Insane asylums in Bengal annual reports 1876-1887 - 1876-1887
Year: 1876
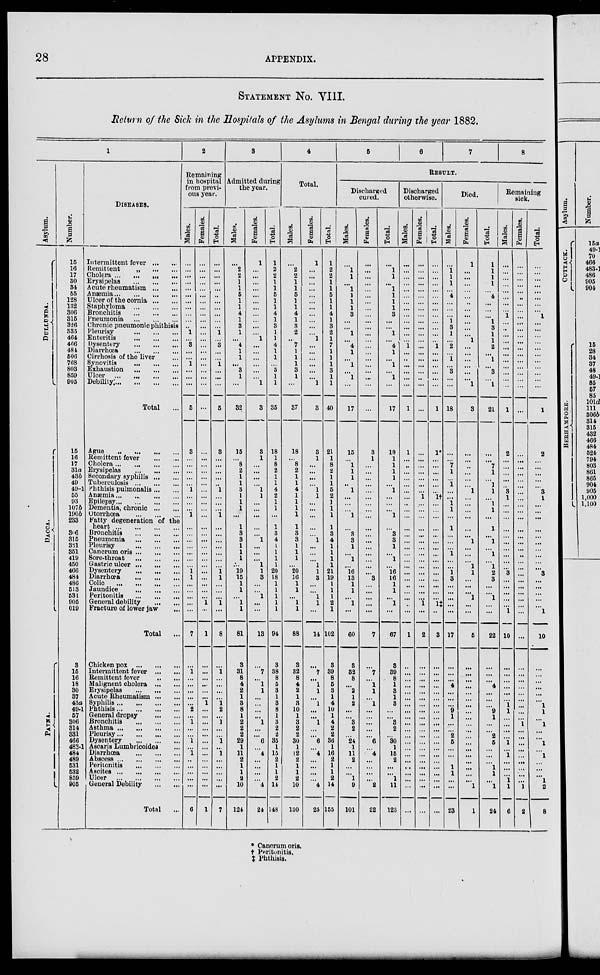
28
APPENDIX.
STATEMENT No. VIII.
Return of the Sick in the Hospitals of the Asylums in Bengal during the year 1882.
1
Asylum.
DULLUNDA.
DACCA.
P ATNA.
Number.
15
16
17
30
34
55
128
132
306
315
326
335
464
466
484
506
768
803
859
905
15
16
17
31a
43b
49
49-1
55
93
107b
190b
233
306
315
331
351
419
450
466
484
486
513
531
905
019
3
15
16
18
30
37
43a
49-1
57
306
314
331
466
483-1
484
489
531
532
859
905
DISEASES.
Intermittent fever ... ...
Remittent
„
...
...
Cholera ... ... ... ...
Erysipelas
...
...
...
Acute rheumatism ... ...
Anæmia ... ... ... ...
Ulcer of the cornia ... ...
Staphyloma
...
...
...
Bronchitis
...
...
...
Pneumonia
...
...
...
Chronic pneumonic phithisis
Pleurisy
...
...
...
Enteritis
...
...
...
Dysentery
...
...
...
Diarrhœa
...
...
...
Cirrhosis of the liver ...
Synovitis
...
...
...
Exhaustion
...
...
...
Ulcer ... ... ... ...
Debility ... ... ... ...
Total ...
Ague ... ... ... ...
Remittent fever
...
...
Cholera ... ... ... ...
Erysipelas
...
...
...
Secondary syphilis... ...
Tuberculosis
...
...
...
Phthisis pulmonalis ... ...
Anæmia ... ... ... ...
Epilepsy ... ... ... ...
Dementia, chronic ... ...
Otorrhœa
...
...
...
Fatty degeneration of the
heart
...
...
...
...
Bronchitis
...
...
...
Pneumonia
...
...
...
Pleurisy
...
...
...
Cancrum oris ... ... ...
Sore-throat ... ... ...
Gastric ulcer ... ... ...
Dysentery
...
...
...
Diarrhœa
...
...
...
Colic
...
...
...
...
Jaundice
...
...
...
Peritonitis
...
...
...
General debility
...
...
Fracture of lower jaw ...
Total ...
Chicken pox
...
...
...
Intermittent fever
...
...
Remittent fever ... ...
Malignent cholera ... ...
Erysipelas
...
...
...
Acute Rheumatism ... ...
Syphilis ... ... ... ...
Phthisis ... ... ... ...
General dropsy
... ...
Bronchitis
...
...
...
Asthma ... ... ... ...
Pleurisy ... ... ... ...
Dysentery ... ... ...
Ascaris Lumbricoides ...
Diarrhœa
...
...
...
Abscess ... ... ... ...
Peritonitis
...
...
...
Ascites ...
...
...
...
Ulcer
...
...
...
...
General Debility
...
...
Total
...
2
Remaining
in hospital
from previ-
ous year.
Males.
...
...
...
...
...
...
...
...
...
...
...
1
...
3
...
...
1
...
...
...
5
3
...
...
...
...
...
1
...
...
...
1
...
...
...
...
...
...
...
1
1
...
...
...
...
...
7
...
1
...
...
...
...
...
2
...
1
...
...
1
...
1
...
...
...
...
...
6
Females.
...
...
...
...
...
...
...
...
...
...
...
...
...
...
...
...
...
...
...
...
...
...
...
...
...
...
...
. . .
...
...
...
...
...
...
...
...
...
...
...
...
...
...
...
...
1
...
1
...
...
...
...
...
...
1
...
...
...
...
...
...
...
...
...
...
...
...
...
1
Total.
...
...
...
...
...
...
...
...
...
...
...
1
...
3
...
...
1
...
...
...
5
3
...
...
...
...
...
1
...
...
...
1
...
...
...
...
...
...
...
1
1
...
...
...
1
...
8
...
1
...
...
...
...
1
2
...
1
...
...
1
...
1
...
...
...
...
...
7
3
Admitted during
the year.
Males.
...
2
2
1
1
5
1
1
4
1
3
1
...
4
1
1
...
3
1
...
32
15
... 8
2
1
1
3
1
1
1
...
1
3
3
1
1
1
...
19
15
1
1
...
1
1
81
3
31
8
4
2
1
3
8
1
2
2
2
29
1
11
2
1
1
2
10
124
Females.
1
...
...
...
...
...
...
...
...
...
...
...
1
...
...
...
...
...
...
1
3
8
1
...
...
...
...
1
1
...
...
...
...
...
1
...
...
...
1
1
3
...
...
1
...
...
13
...
7
... 1
1
...
...
...
...
1
...
...
6
...
4
...
...
...
...
4
24
Total.
1
2
2
1
...
5
1
1
4
1
3
1
1
4
1
1
...
3
1
1
35
18
1
8
2
1
1
4
2
1
1
...
1
3
4
1
1
1
1
20
18
1
1
1
1
1
94
3
38
8
5
3
1
3
8
1
3
2
2
35
1
15
2
1
1
2
14
148
4
Total.
Males.
...
2
2
1
1
5
1
1
4
1
3
2
...
7
1
1
1
3
1
...
37
18
... 8
2
1
1
4
1
1
1
1
1
3
3
1
1
1
...
20
16
1
1
...
1
1
88
3
32
8
4
2
1
3
10
1
3
2
2
30
1
12
2
1
1
2
10
130
Females.
1
...
...
...
...
...
...
...
...
...
...
...
1
...
...
...
...
...
...
1
3
3
1
...
...
...
...
1
1
...
...
...
...
...
1
...
...
...
1
1
3
...
...
1
1
...
14
...
7
...
1
1
...
1
...
...
1
...
...
6
...
4
...
...
...
...
4
25
Total.
1
2
2
1
1
5
1
1
4
1
3
2
1
7
1
1
1
3
1
1
40
21
1
8
2
1
1
5
2
1
1
1
1
3
4
1
1
1
1
21
19
1
1
1
2
1
102
3
39
8
5
3
1
4
10
1
4
2
2
36
1
16
2
1
1
2
14
155
5
6
7
8
RESULT.
Discharged
cured.
Males.
...
1
1
...
1
1
1
1
3
...
...
1
...
4
1
...
1
...
1
...
17
15
... 1
1
1
...
1
...
...
...
1
...
3
3
1
... 1
...
16
13
1
1
...
1
...
60
3
32
8
... 2
1
2
...
...
3
2
...
24
1
11
2
...
... 1
9
101
Females.
...
...
...
...
...
...
...
...
...
...
...
...
...
...
...
...
...
...
...
...
...
3
1
...
...
...
...
...
...
...
...
...
...
...
...
...
...
...
...
...
3
...
...
...
...
...
7
...
7
... 1
1
...
1
...
...
...
...
...
6
...
4
...
...
...
...
2
22
Total.
...
1
1
...
1
1
1
1
3
...
...
1
...
4
1
...
1
...
1
...
17
18
1
1
1
1
...
1
...
...
...
1
...
3
3
1
... 1
...
16
16
1
1
...
1
...
67
3
39
8
1
3
1
3
...
...
3
2
...
30
1
15
2
...
...
1
11
123
Discharged
otherwise.
Males.
...
...
...
...
...
...
...
...
...
...
...
...
...
1
...
...
...
...
...
...
1
1
...
...
...
...
...
...
...
...
...
...
...
...
...
...
...
...
...
...
...
...
...
...
...
...
1
...
...
...
...
...
...
...
...
...
...
...
...
...
...
...
...
...
...
...
...
...
Females.
...
...
...
...
...
...
...
...
...
...
...
...
...
...
...
...
...
...
...
...
...
...
...
...
...
...
...
...
1
...
...
...
...
...
...
...
...
...
...
...
...
...
...
...
1
...
2
...
...
...
...
...
...
...
...
...
...
...
...
...
...
...
...
...
...
...
...
...
Total.
...
...
...
...
...
...
...
...
...
...
...
...
...
1
...
...
...
...
...
...
1
1*
...
...
...
...
...
...
1†
...
...
...
...
...
...
...
...
...
...
...
...
...
...
...
1‡
...
3
...
...
...
...
...
...
...
...
...
...
...
...
...
...
...
...
...
...
...
...
...
Died.
Males.
...
1
1
1
...
4
...
...
...
1
3
1
...
2
...
1
...
3
...
...
18
...
...
7
1
...
1
...
...
1
1
...
1
...
...
...
1
...
...
1
3
...
...
...
...
...
17
...
...
... 4
...
...
...
9
1
...
...
2
5
...
...
...
1
1
...
...
23
Females.
1
...
...
...
...
...
...
...
...
...
...
...
1
...
...
...
...
...
...
1
3
...
...
...
...
...
...
1
...
...
...
...
...
...
1
...
...
...
1
1
...
...
...
1
...
...
5
...
...
...
...
...
...
...
...
...
...
...
...
...
...
...
...
...
...
...
1
1
Total.
1
1
1
1
...
4
...
...
...
1
3
1
1
2
...
1
...
3
...
1
21
...
...
7
1
...
1
1
...
1
1
...
1
...
1
...
1
...
1
2
3
...
...
1
...
...
22
...
...
... 4
...
...
...
9
1
...
...
2
5
...
...
...
1
1
...
1
24
Remaining
sick.
Males.
...
...
...
...
...
...
...
...
1
...
...
...
...
...
...
...
...
...
...
...
1
2
...
...
...
...
...
3
1
...
...
...
...
...
...
...
...
...
...
3
...
...
...
...
...
1
10
...
...
...
...
...
...
1
1
...
...
...
...
1
...
1
...
...
...
1
1
6
Females.
...
...
...
...
...
...
...
...
...
...
...
...
...
...
...
...
...
...
...
...
...
...
...
...
...
...
...
...
...
...
...
...
...
...
...
...
...
...
...
...
...
...
...
...
...
...
...
...
...
...
...
...
...
...
...
...
1
...
...
...
...
...
...
...
...
...
1
2
Total.
...
...
...
...
...
...
...
...
1
...
...
...
...
...
...
...
...
...
...
...
1
2
...
...
...
...
...
3
1
...
...
...
...
...
...
...
...
...
...
3
...
...
...
...
...
1
10
...
...
...
...
...
...
1
1
...
1
...
...
1
...
1
...
...
...
1
2
8
* Cancrum oris.
† Peritonitis.
‡ Phthisis.